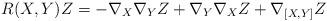
LaTeX: \begin{align*}R(X,Y)Z=-\nabla_X\nabla_YZ+\nabla_Y\nabla_XZ+\nabla_{[X,Y]}Z\end{align*}